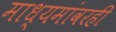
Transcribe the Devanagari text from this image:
माध्यमांवरही